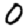
Digit: 0